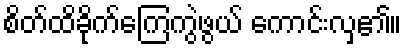
စိတ်ထိခိုက်ကြေကွဲဖွယ် ကောင်းလှ၏။